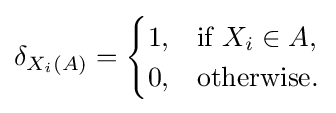
\delta _{X_{i}(A)}={\begin{cases}1,&{\text{if }}X_{i}\in A,\\0,&{\text{otherwise}}.\end{cases}}